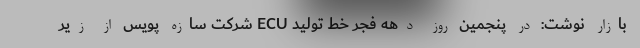
بازار نوشت: در پنجمین روز دهه فجر خط تولید ECU شرکت سازه پویس از زیر